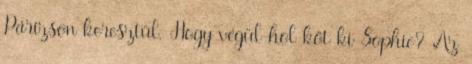
Párizson keresztül. Hogy végül hol köt ki Sophie? Az